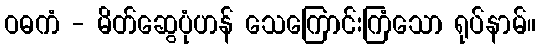
ဝဓကံ - မိတ်ဆွေပုံဟန် သေကြောင်းကြံသော ရုပ်နာမ်။